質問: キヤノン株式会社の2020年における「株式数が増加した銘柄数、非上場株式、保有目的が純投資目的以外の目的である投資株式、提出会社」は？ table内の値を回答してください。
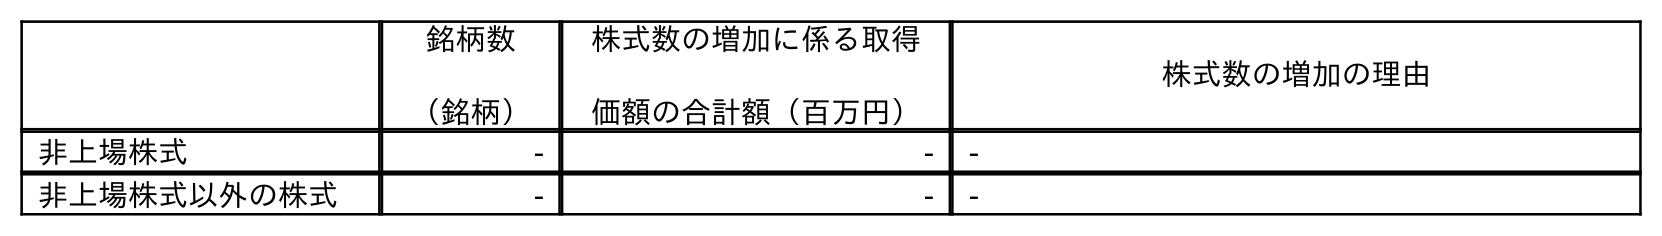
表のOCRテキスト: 銘柄数 （銘柄） 株式数の増加に係る取得 価額の合計額（百万円） 株式数の増加の理由 非上場株式 - - - 非上場株式以外の株式 - - -
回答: -